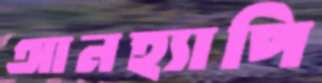
আনহ্যাপি